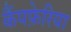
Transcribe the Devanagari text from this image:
कैंपफ़ेरिया